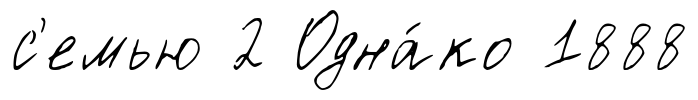
с'емью 2 Одна́ко 1888